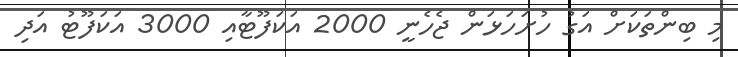
މި ބިންތަކަށް އަގު ހުށަހަޅަން ޖެހެނީ 2000 އަކަފޫޓާއި 3000 އަކަފޫޓު އަދި